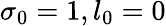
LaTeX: \sigma_{0}=1,l_{0}=0